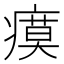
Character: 瘼